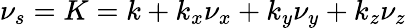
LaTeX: \nu_{s}=K=k+k_{x}\nu_{x}+k_{y}\nu_{y}+k_{z}\nu_{z}